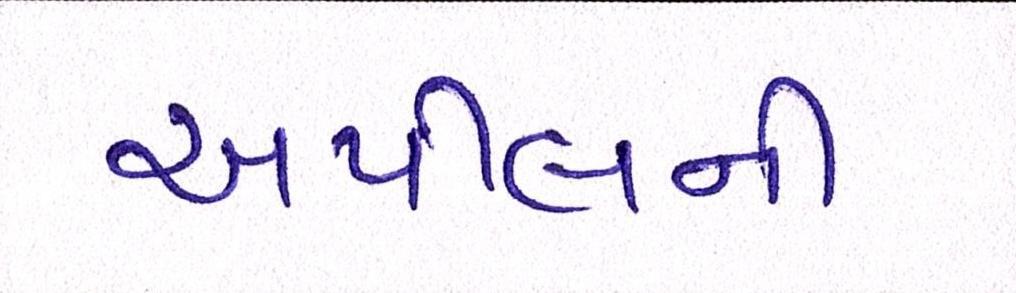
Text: અપીલની